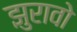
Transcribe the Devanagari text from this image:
झुरावो